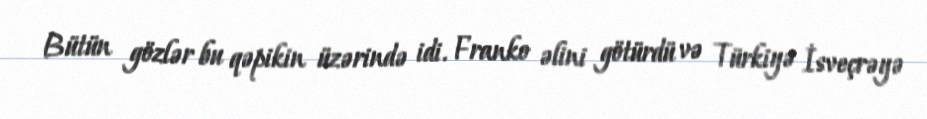
Bütün gözlər bu qəpikin üzərində idi. Franko əlini götürdü və Türkiyə İsveçrəyə